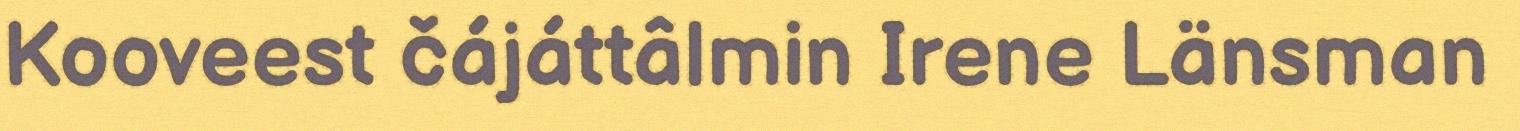
Kooveest čájáttâlmin Irene Länsman